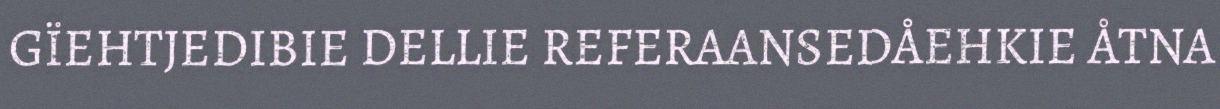
GÏEHTJEDIBIE DELLIE REFERAANSEDÅEHKIE ÅTNA